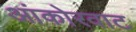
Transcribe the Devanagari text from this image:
आंकोरवाट